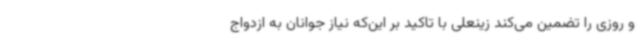
و روزی را تضمین می‌کند زینعلی با تاکید بر این‌که نیاز جوانان به ازدواج